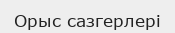
Орыс сазгерлері